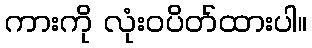
ကားကို လုံးဝပိတ်ထားပါ။